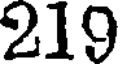
219